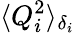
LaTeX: \langle Q_{i}^{2}\rangle_{\delta_{i}}